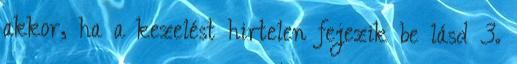
akkor, ha a kezelést hirtelen fejezik be lásd 3.